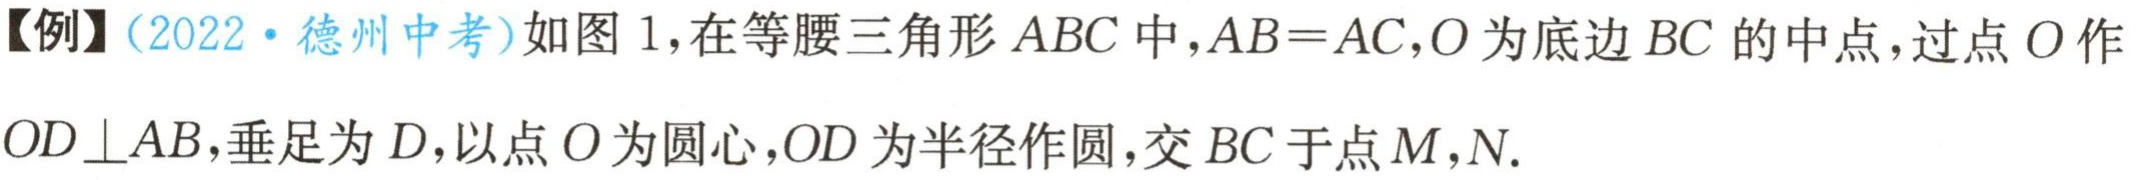
【例】（2022·德州中考）如图 1，在等腰三角形 \(ABC\) 中，\(AB = AC\)，\(O\) 为底边 \(BC\) 的中点，过点 \(O\) 作 \(OD\perp AB\)，垂足为 \(D\)，以点 \(O\) 为圆心，\(OD\) 为半径作圆，交 \(BC\) 于点 \(M\)，\(N\)。